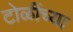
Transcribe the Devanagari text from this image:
टोळींच्या